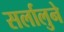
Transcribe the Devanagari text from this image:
सर्लालुने